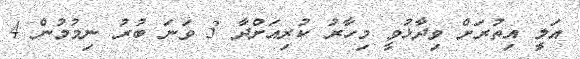
އަލީ އިތުރަށް ވިދާޅުވީ މިހާރު ކުރިއަށްދާ 3 ވަނަ ބުރު ނިމުމުން 4